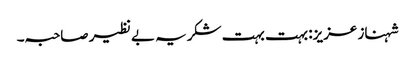
شہناز عزیز: بہت بہت شکریہ بے نظیر صاحبہ۔